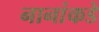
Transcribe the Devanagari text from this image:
नानांकडे